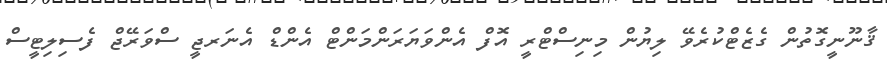
ޤާނޫނީގޮތުން ގެޒެޓްކުރެވޭ ލިޔުން މިނިސްޓްރީ އޮފް އެންވަޔަރަންމަންޓް އެންޑް އެނަރޖީ ސްވަރޭޖް ފެސިލިޓީސް